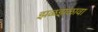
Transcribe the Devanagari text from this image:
झळझळावा